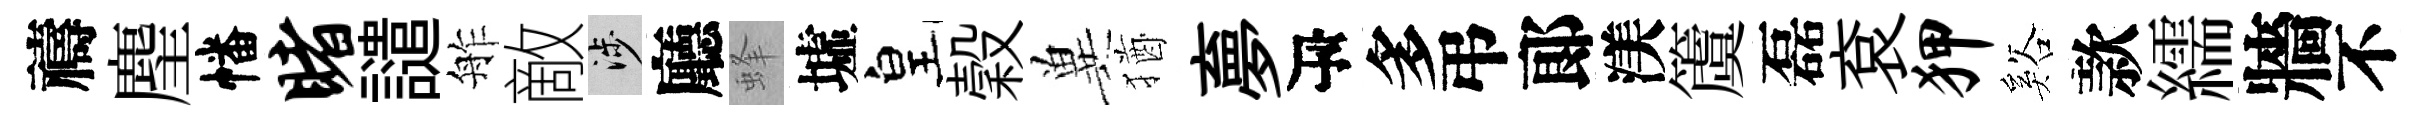
禱麈幡睹譴舴敵涉廳蜂墟皇穀兾猶夣瓴多弔郞渼𥵂磊袞狎谿款繻牆不